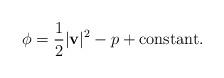
LaTeX: \begin{align*}\phi=\frac{1}{2}|{\bf v}|^2-{p}+{\rm constant}.\end{align*}